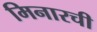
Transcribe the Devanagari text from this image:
मिनारची